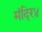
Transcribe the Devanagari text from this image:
मंदिर४